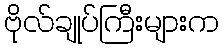
ဗိုလ်ချုပ်ကြီးများက